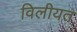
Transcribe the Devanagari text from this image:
विलीयत